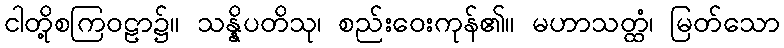
ငါတို့စကြဝဠာ၌။ သန္နိပတိသု၊ စည်းဝေးကုန်၏။ မဟာသတ္ထံ၊ မြတ်သော